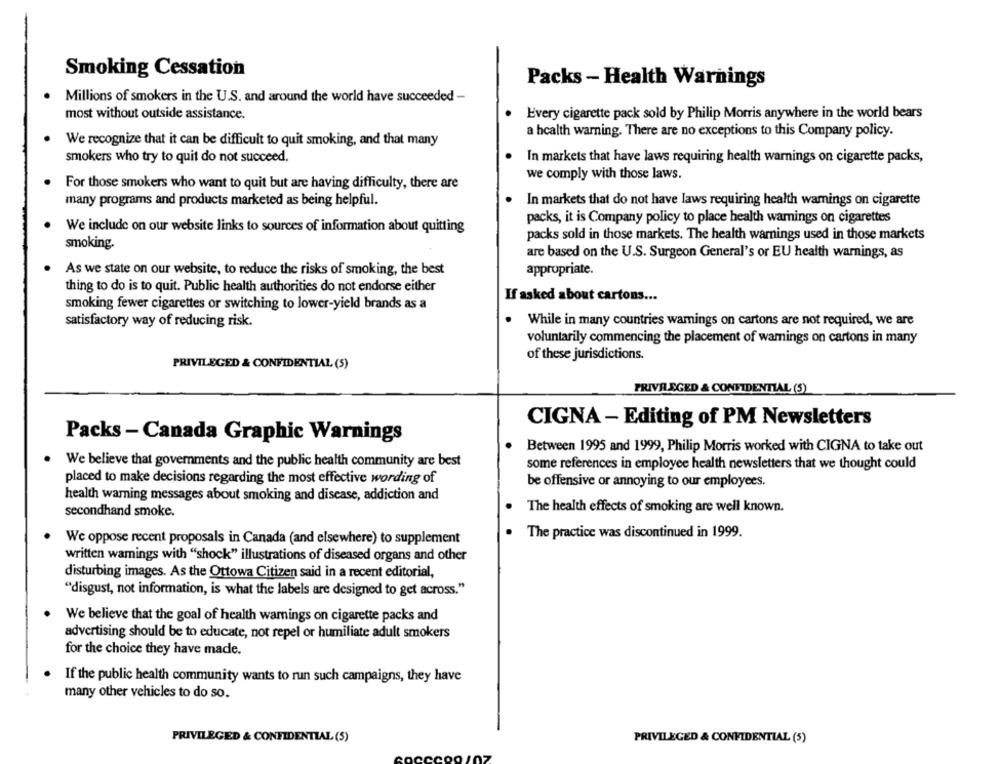
Smoking Cessation
Packs - Health Warnings
Millions of smokers in the U.S. and around the world have succeeded -
Every cigarette pack sold by Philip Morris anywhere in the world bears
most without outside assistance.
a health warning. There are no exceptions to this Company policy.
We recognize that it can be difficult to quit smoking, and that many
smokers who try to quit do not succeed.
In markets that have laws requiring health warnings on cigarette packs,
we comply with those laws.
For those smokers who want to quit but are having difficulty, there are
many programs and products marketed as being helpful.
In markets that do not have laws requiring health warnings on cigarette
packs, it is Company policy to place health warnings on cigarettes
We include on our website links to sources of information about quitting
packs sold in those markets. The health warnings used in those markets
smoking.
are based on the U.S. Surgeon General's or EU health warnings, as
As we state on our website, to reduce the risks of smoking, the best
appropriate.
thing to do is to quit. Public health authorities do not endorse either
If asked about cartons ...
smoking fewer cigarettes or switching to lower-yield brands as a
.
While in many countries wamnings on cartons are not required, we are
satisfactory way of reducing risk.
voluntarily commencing the placement of warnings on cartons in many
of these jurisdictions.
PRIVILEGED & CONFIDENTIAL (5)
PRIVILEGED & CONFIDENTIAL (5)
CIGNA - Editing of PM Newsletters
Packs - Canada Graphic Warnings
Between 1995 and 1999, Philip Morris worked with CIGNA to take out
We believe that governments and the public health community are best
some references in employee health newsletters that we thought could
placed to make decisions regarding the most effective wording of
be offensive or annoying to our employees.
health warning messages about smoking and disease, addiction and
secondhand smoke.
The health effects of smoking are well known.
. The practice was discontinued in 1999.
We oppose recent proposals in Canada (and elsewhere) to supplement
written wamings with "shock" illustrations of diseased organs and other
disturbing images. As the Ottowa Citizen said in a recent editorial,
"disgust, not information, is what the labels are designed to get across."
We believe that the goal of health warnings on cigarette packs and
advertising should be to educate, not repel or humiliate adult smokers
for the choice they have made.
If the public health community wants to run such campaigns, they have
many other vehicles to do so.
PRIVILEGED & CONFIDENTIAL (5)
PRIVILEGED & CONFIDENTIAL (5)